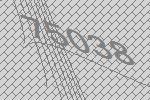
75038